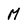
Character: M